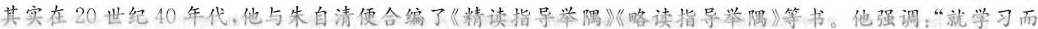
”其实在20世纪40年代，他与朱自清便合编了《精读指导举隅》《略读指导举隅》等书。他强调：”就学习而